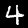
Label: 4